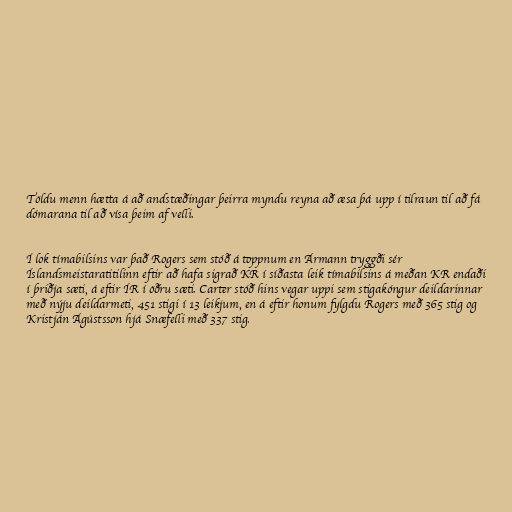
Töldu menn hætta á að andstæðingar þeirra myndu reyna að æsa þá upp í tilraun til að fá
dómarana til að vísa þeim af velli.

Í lok tímabilsins var það Rogers sem stóð á toppnum en Ármann tryggði sér
Íslandsmeistaratitilinn eftir að hafa sigrað KR í síðasta leik tímabilsins á meðan KR endaði
í þriðja sæti, á eftir ÍR í öðru sæti. Carter stóð hins vegar uppi sem stigakóngur deildarinnar
með nýju deildarmeti, 451 stigi í 13 leikjum, en á eftir honum fylgdu Rogers með 365 stig og
Kristján Ágústsson hjá Snæfelli með 337 stig.